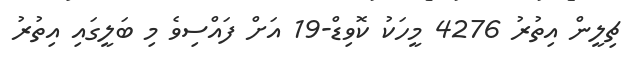
ޗިލީން އިތުރު 4276 މީހަކު ކޮވިޑް-19 އަށް ފައްސިވެ މި ބަލީގައި އިތުރު